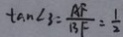
\tan \angle 3 = \frac { A F } { B F } = \frac { 1 } { 2 }